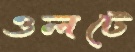
ওলটে